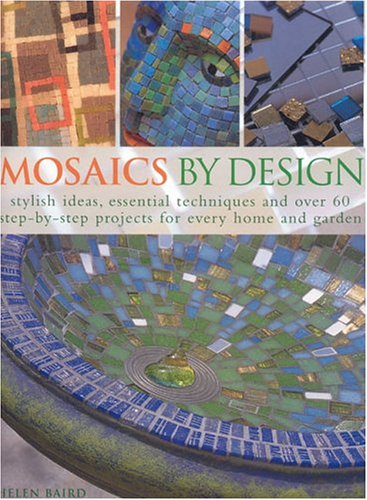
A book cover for Mosaics by Design; Helen Baird; Arts & Photography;